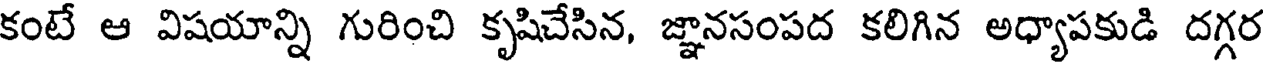
కంటే ఆ విషయాన్ని గురించి కృషిచేసిన, జ్ఞానసంపద కలిగిన అధ్యాపకుడి దగ్గర